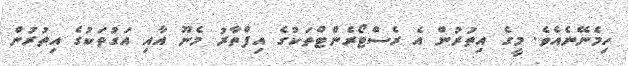
ހިމެނޭނެއެވެ. މީގެ އިތުރުން އެ ރެސްޓޯރެންޓްތަކުގެ އިފްތާރު މެނޫ އާއި އަގުތަކުގެ އިތުރުން